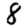
Digit: 8